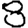
Digit: 8